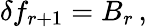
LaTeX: \delta f_{r+1}=B_{r}\, ,